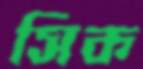
সিক